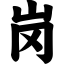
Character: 岗